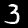
Digit: 3